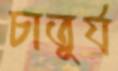
চাতুর্য